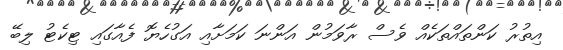
އިތުރު ކަންތައްތަކެއް ވެސް ރާވަމުން އަންނަ ކަމަށާއި އަގުހެޔޮ ފެއާގައި ޓިކެޓު ލިބޭ